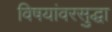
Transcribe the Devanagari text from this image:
विषयांवरसुद्धा